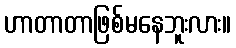
ဟာတာတာဖြစ်မနေဘူးလား။